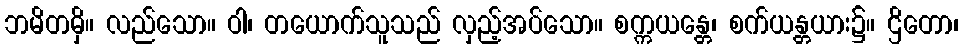
ဘမိတမှိ။ လည်သော။ ဝါ၊ တယောက်သူသည် လှည့်အပ်သော။ စက္ကယန္တေ၊ စက်ယန္တယား၌။ ဌိတော၊